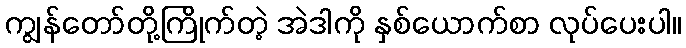
ကျွန်တော်တို့ကြိုက်တဲ့ အဲဒါကို နှစ်ယောက်စာ လုပ်ပေးပါ။